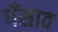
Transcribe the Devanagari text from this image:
धँसाव